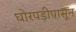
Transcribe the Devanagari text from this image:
घोरपड़ीपासून